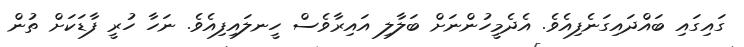
ގައިގައި ބައްދައިގަނެފިއެވެ. އެދެމީހުންނަށް ބަލާލި އައިރާވެސް ހީނލައިފިއެވެ. ނަހާ ހުރީ ފާޑަކަށް ތުން